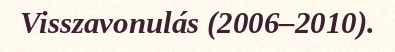
Visszavonulás (2006–2010).